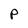
Character: P